Lunatic asylums Burma 1922-24 - 1922-1924
Year: 1922
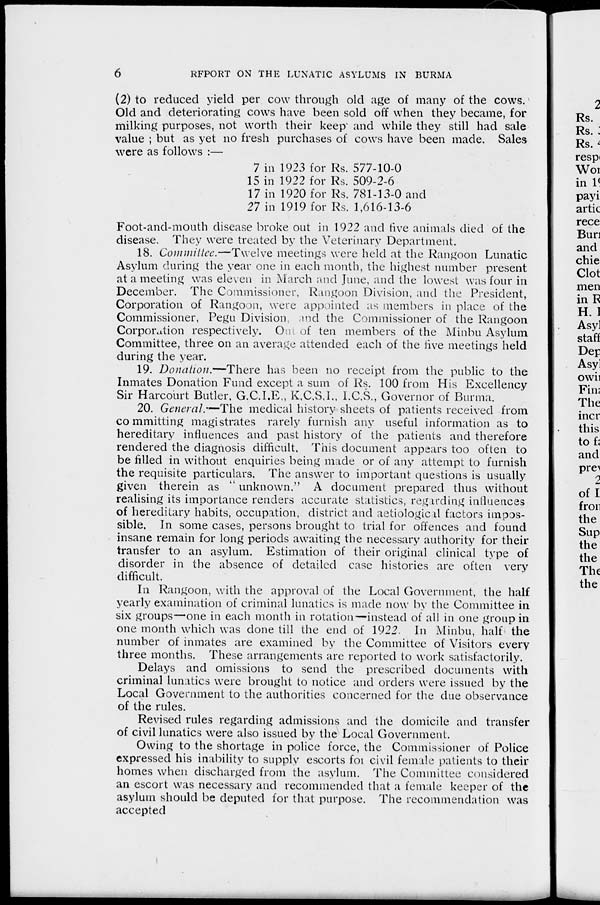
6
REPORT ON THE LUNATIC ASYLUMS IN BURMA
(2) to reduced yield per cow through old age of many of the cows.
Old and deteriorating cows have been sold off when they became, for
milking purposes, not worth their keep" and while they still had sale
value ; but as yet no fresh purchases of cows have been made. Sales
were as follows :—
7 in 1923 for Rs. 577-10-0
15 in 1922 for Rs. 509-2-6
17 in 1920 for Rs. 781-13-0 and
27 in 1919 for Rs. 1,616-13-6
Foot-and-mouth disease broke out in 1922 and five animals died of the
disease. They were treated by the Veterinary Department.
18. Committee.—Twelve meetings were held at the Rangoon Lunatic
Asylum during the year one in each month, the highest number present
at a meeting was eleven in March and June, and the lowest was four in
December. The Commissioner. Rangoon Division, and the President,
Corporation of Rangoon, were appointed as members in place of the
Commissioner, Pegu Division and the Commissioner of the Rangoon
Corporation respectively. One of ten members of the Minbu Asylum
Committee, three on an average attended each of the five meetings held
during the year.
19. Donation.—There
has been no receipt from the public to the
Inmates Donation Fund except a sum of Rs. 100 from His Excellency
Sir Harcourt Butler, G.C.I.E., K.C.S.I., I.C.S., Governor of Burma.
20. Generals.—The medical history sheets of patients received from
committing magistrates rarely furnish any useful information as to
hereditary influences and past history of the patients and therefore
rendered the diagnosis difficult. This document appears too often to
be filled in without enquiries being made or of any attempt to furnish
the requisite particulars. The answer to important questions is usually
given therein as " unknown." A document prepared thus without
realising its importance renders accurate statistics, regarding influences
of hereditary habits, occupation, district and aetiological factors impos-
sible. In some cases, persons brought to trial for offences and found
insane remain for long periods awaiting the necessary authority for their
transfer to an asylum. Estimation of their original clinical type of
disorder in the absence of detailed case histories are often very
difficult.
In Rangoon, with the approval of the Local Government, the half
yearly examination of criminal lunatics is made now by the Committee in
six groups—one in each month in rotation—instead of all in one group in
one month which was done till the end of 1922. In Minbu, half the
number of inmates are examined by the Committee of Visitors every
three months. These arrangements are reported to work satisfactorily.
Delays and omissions to send the prescribed documents with
criminal lunatics were brought to notice and orders were issued by the
Local Government to the authorities concerned for the due observance
of the rules.
Revised rules regarding admissions and the domicile and transfer
of civil lunatics were also issued by the Local Government.
Owing to the shortage in police force, the Commissioner of Police
expressed his inability to supply escorts for civil female patients to their
homes when discharged from the asylum. The Committee considered
an escort was necessary and recommended that a female keeper of the
asylum should be deputed for that purpose. The recommendation was
accepted